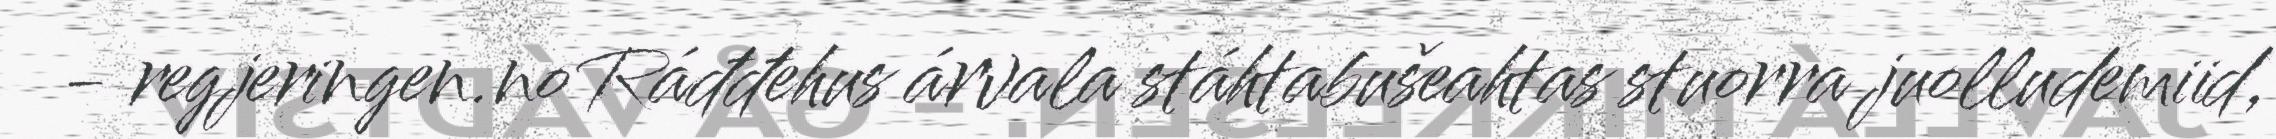
- regjeringen.no Ráđđehus árvala stáhtabušeahtas stuorra juolludemiid,